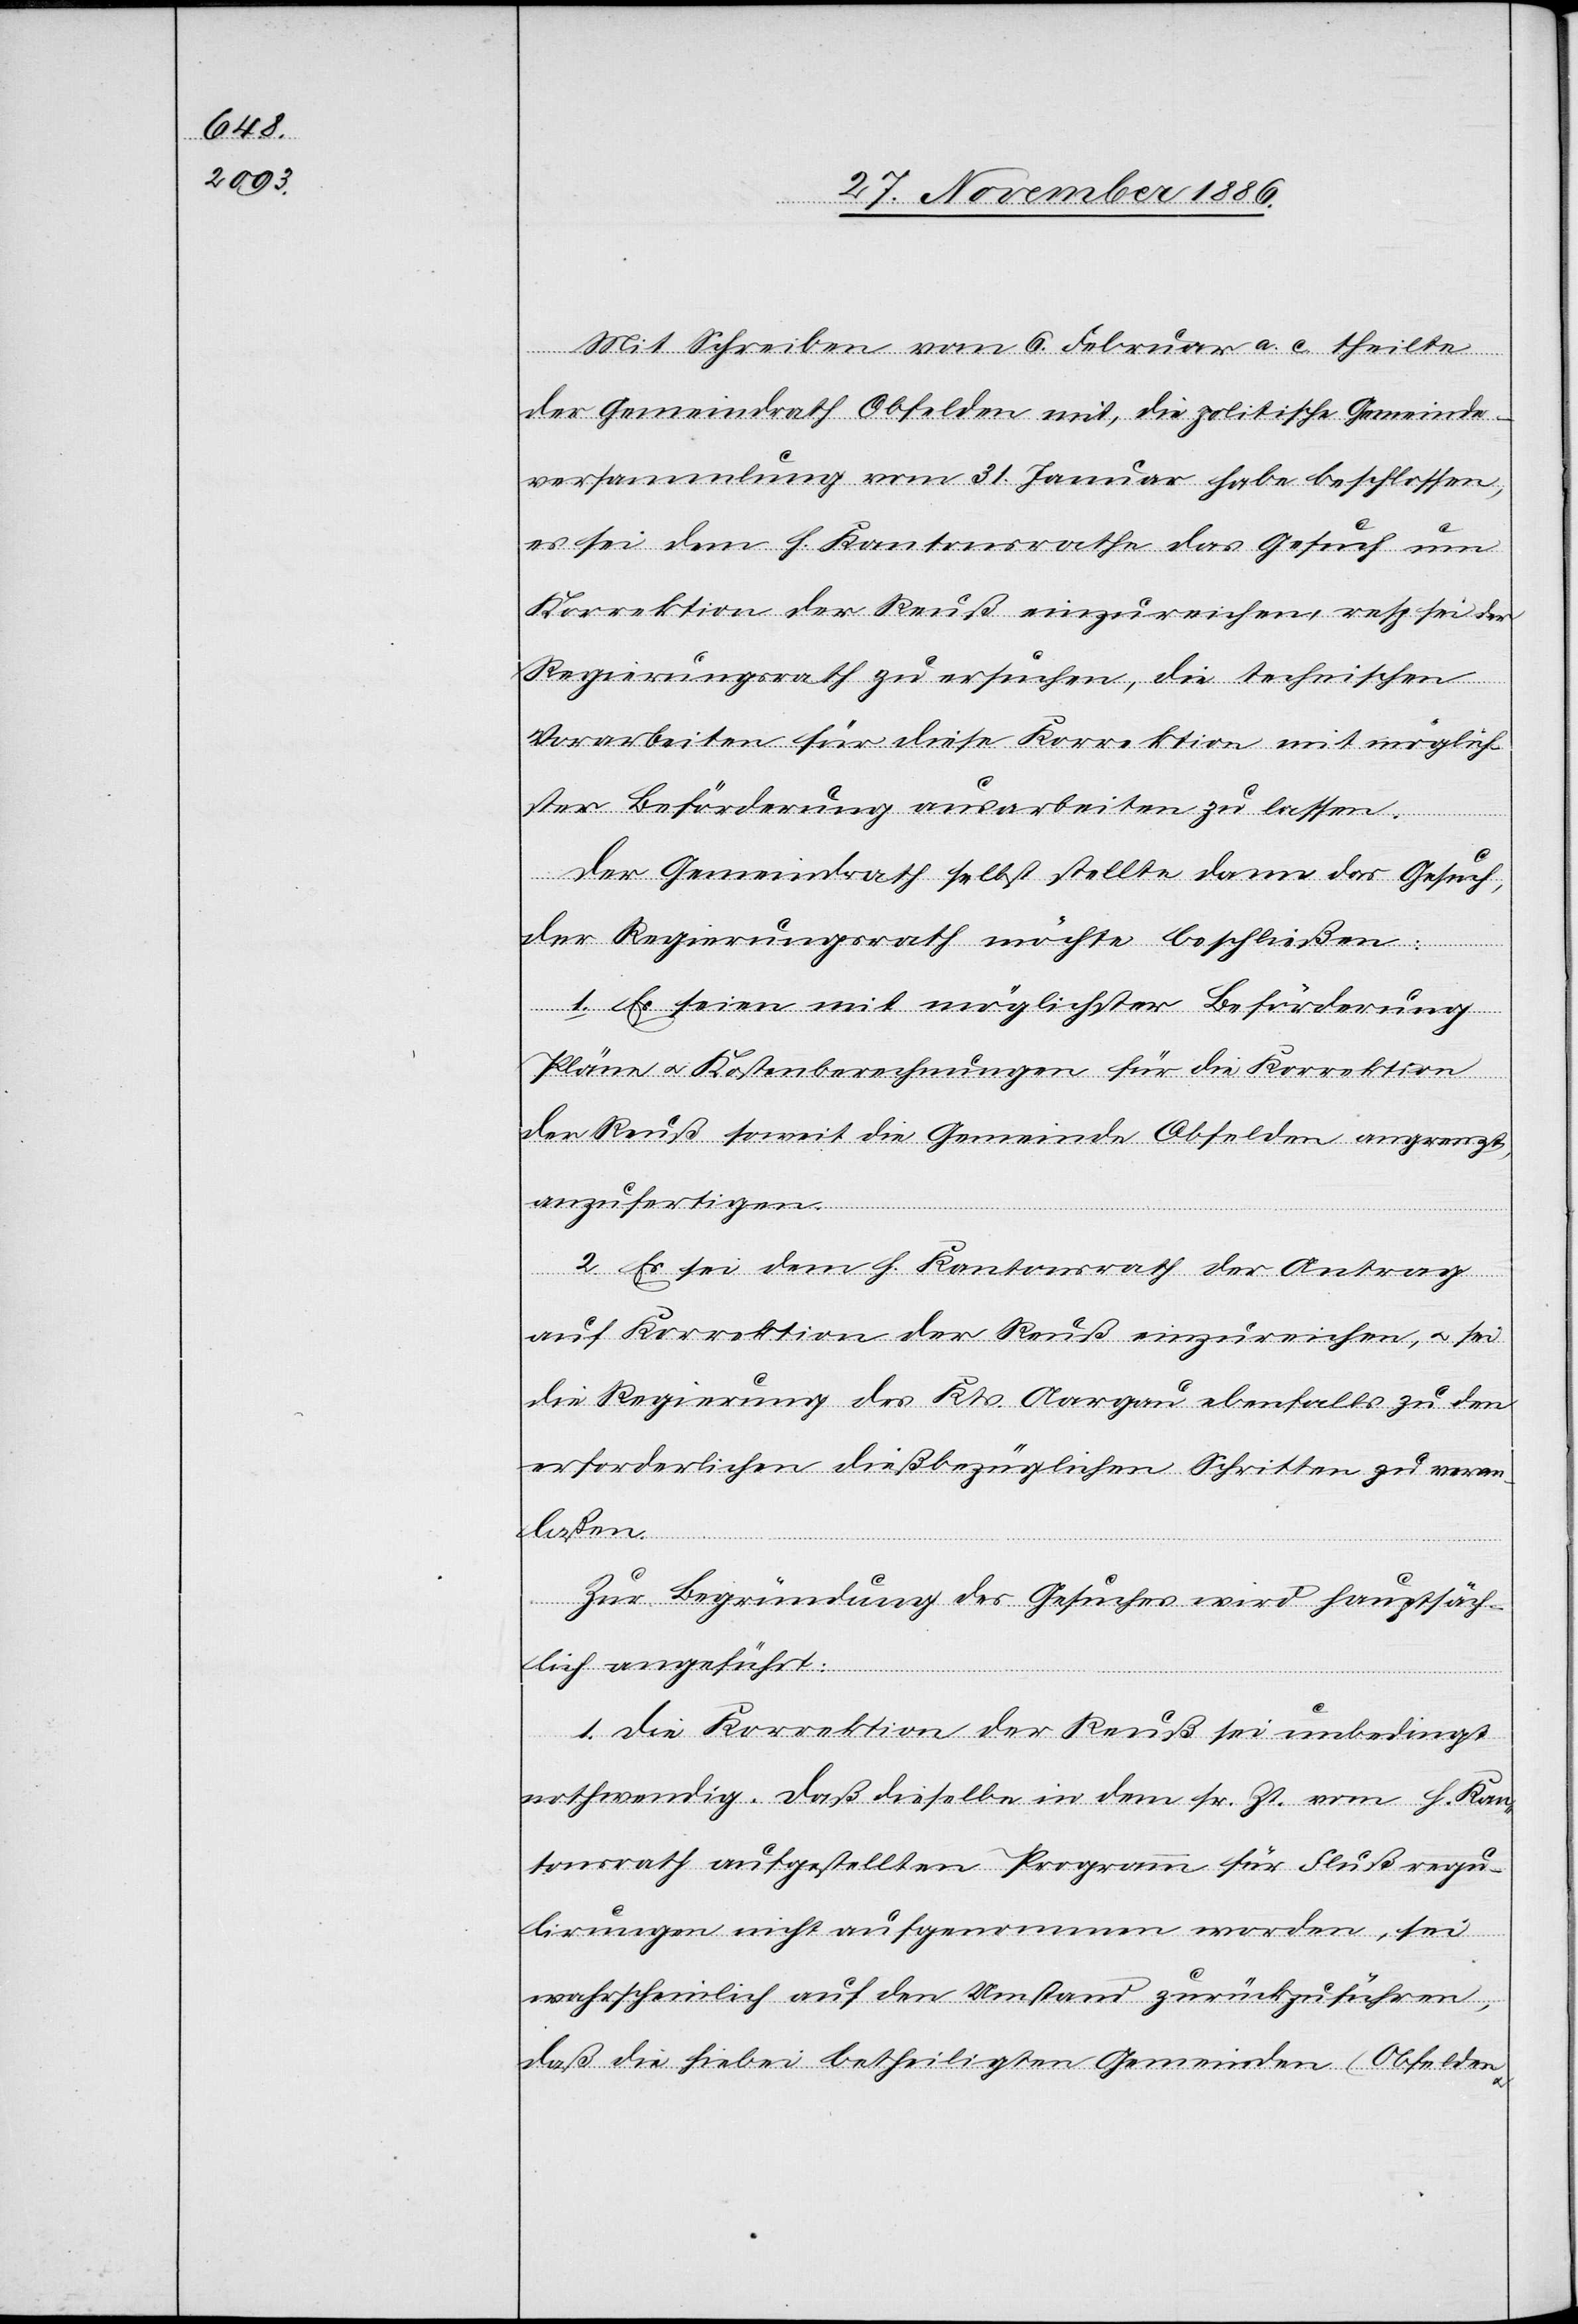
Mit Schreiben vom 6. Februar a. c. theilte
der Gemeindrath Obfelden mit, die politische Gemeinde¬
versammlung vom 31. Januar habe beschlossen,
es sei dem h. Kantonsrathe das Gesuch um
Korrektion der Reuß einzureichen, resp. sei der
Regierungsrath zu ersuchen, die technischen
Vorarbeiten für diese Korrektion mit möglich¬
ster Beförderung ausarbeiten zu lassen.
Der Gemeindrath selbst stellte dann das Gesuch,
der Regierungsrath möchte beschließen:
1. Es seien mit möglichster Beförderung
Pläne & Kostenberechnungen für die Korrektion
der Reuß soweit die Gemeinde Obfelden angrenzt,
anzufertigen.
2. Es sei dem h. Kantonsrath der Antrag
auf Korrektion der Reuß einzureichen, & sei
die Regierung des Kts. Aargau ebenfalls zu den
erforderlichen dießbezüglichen Schritten zu veran¬
laßen.
Zur Begründung des Gesuches wird hauptsäch¬
lich angeführt:
1. Die Korrektion der Reuß sei unbedingt
nothwendig. Daß dieselbe in dem sr. Zt. vom h. Kan¬
tonsrath aufgestellten Programm für Flußregu¬
lirungen nicht aufgenommen worden, sei
wahrscheinlich auf den Umstand zurückzuführen,
daß die hiebei betheiligten Gemeinden (Obfelden